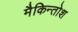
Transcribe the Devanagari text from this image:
मैकिन्तोश